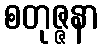
စတုဇ္ဇနာ